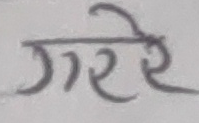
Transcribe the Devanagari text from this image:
गरेरे